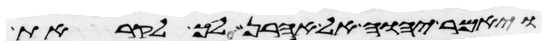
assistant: ויאמר יהוה אל אהרן לך לקראת